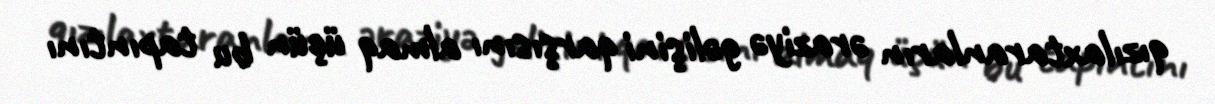
qızılaxtaranların əraziyə gəlişini qarşısını almaq üçün bu tapıntını